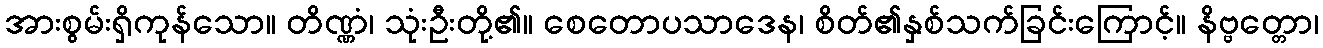
အားစွမ်းရှိကုန်သော။ တိဏ္ဏံ၊ သုံးဦးတို့၏။ စေတောပသာဒေန၊ စိတ်၏နှစ်သက်ခြင်းကြောင့်။ နိဗ္ဗတ္တော၊